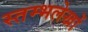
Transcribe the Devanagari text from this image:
स्तम्भलेखों